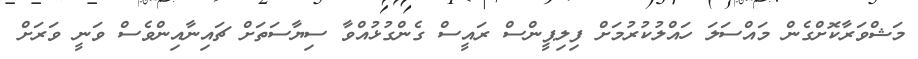
މަޝްވަރާކޮށްގެން މައްސަލަ ހައްލުކުރުމަށް ފިލިޕީންސް ރައީސް ގެންގުޅުއްވާ ސިޔާސަތަށް ޗައިނާއިންވެސް ވަނީ ވަރަށް